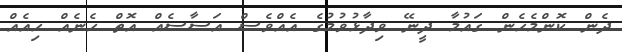
ދެން ކޮންމެހެން ގައުމާ ދީނޭ ވިދާޅުވުމުގެ އެއްވެސް އަސާސެއް އޮތް ހެނެއް ހިއެއް